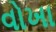
વોખા